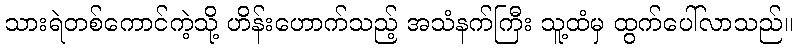
သားရဲတစ်ကောင်ကဲ့သို့ ဟိန်းဟောက်သည့် အသံနက်ကြီး သူ့ထံမှ ထွက်ပေါ်လာသည်။